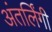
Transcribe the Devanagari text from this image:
अंतर्लिंगी